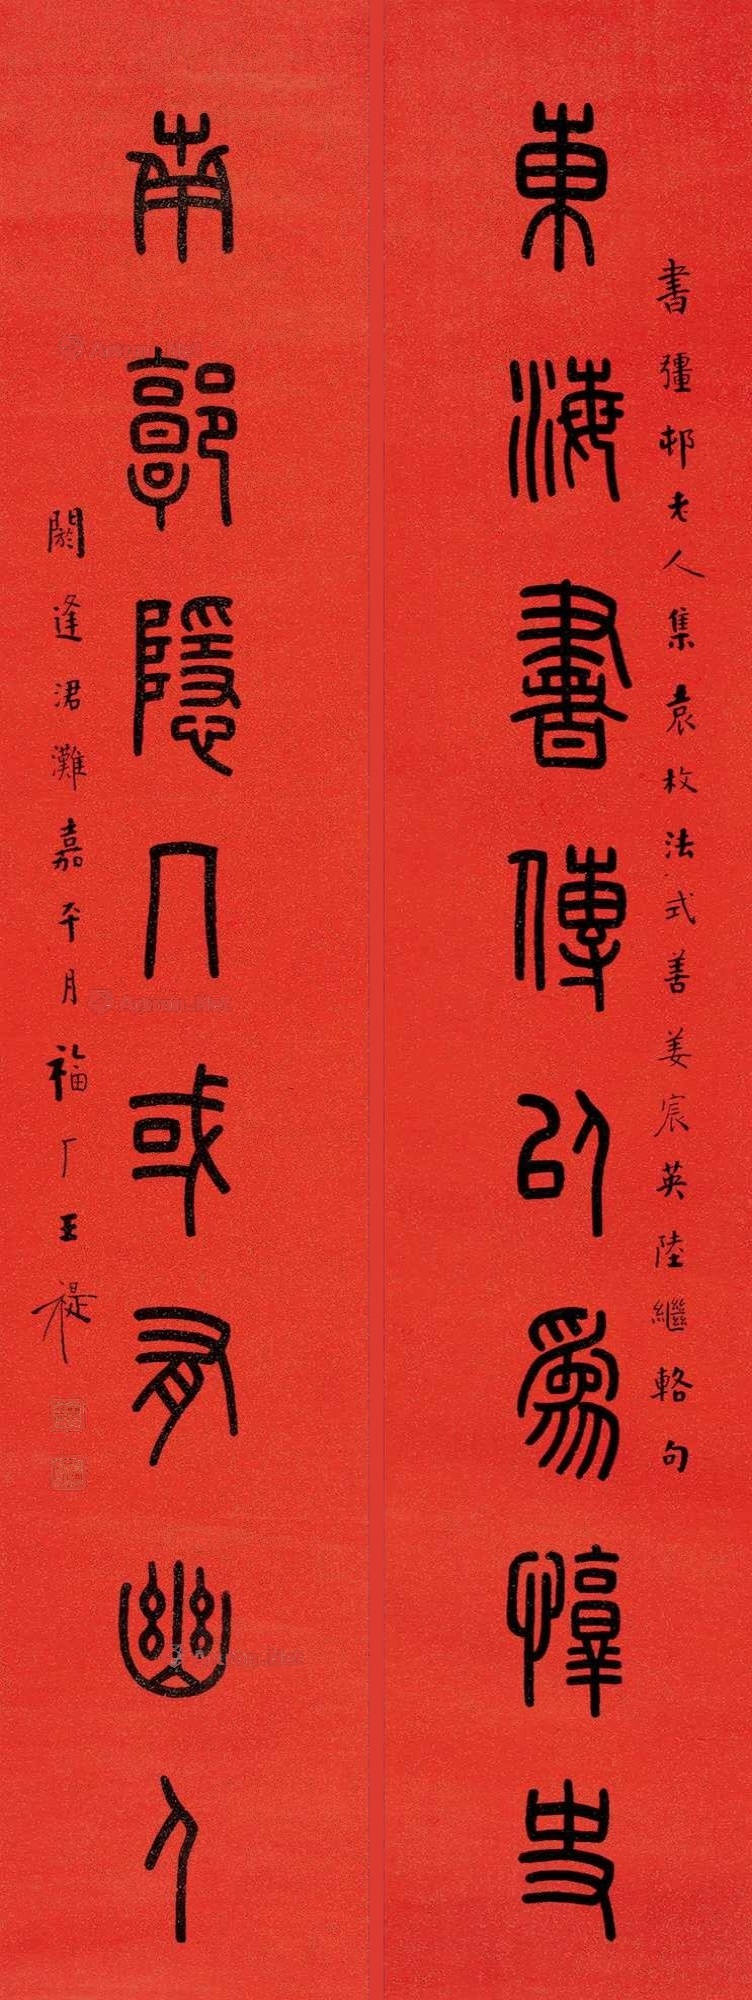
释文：东海书传，以为惇史；南郭隐几，或有幽人。书强村老人集袁枚法式，善姜宸英陆继辂句，阏逢涒滩嘉平月，福厂王禔。